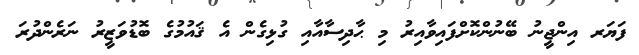
ފަޔަރ އިންޖީނު ބޭނުންކޮށްފައިވާއިރު މި ޙާދިސާއާއި ގުޅިގެން އެ ޤައުމުގެ ބޮޑުވަޒީރު ނަރެންދުރަ